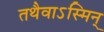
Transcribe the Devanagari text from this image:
तथैवाऽस्मिन्